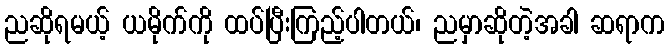
ညဆိုရမယ့် ယမိုက်ကို ထပ်ပြီးကြည့်ပါတယ်၊ ညမှာဆိုတဲ့အခါ ဆရာက